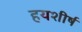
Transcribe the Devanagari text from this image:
हयशीर्ष